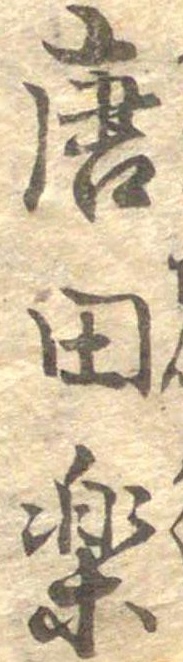
唐田楽